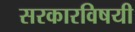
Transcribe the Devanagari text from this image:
सरकारविषयी